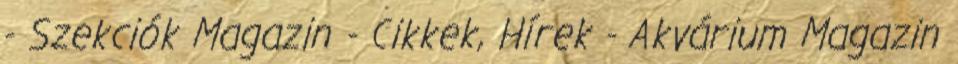
- Szekciók Magazin - Cikkek, Hírek - Akvárium Magazin